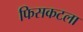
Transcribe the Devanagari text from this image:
फिसकटला